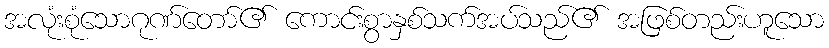
အလုံးစုံသောဂုဏ်တော်၏ ကောင်းစွာနှစ်သက်အပ်သည်၏ အဖြစ်တည်းဟူသော